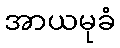
အာယမုခံ